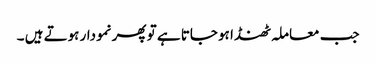
جب معاملہ ٹھنڈا ہو جاتا ہے تو پھر نمودار ہوتے ہیں ۔